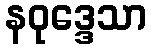
နဝုဒ္ဒေသာ